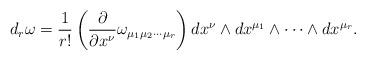
LaTeX: \begin{align*}d_{r} \omega = \frac{1}{r!} \left( \frac{\partial}{\partial x^{\nu}}\omega_{\mu_{1} \mu_{2}\cdots \mu_{r}}\right)dx^{\nu}\wedge dx^{\mu_{1}}\wedge \cdots \wedge dx^{\mu_{r}}.\end{align*}